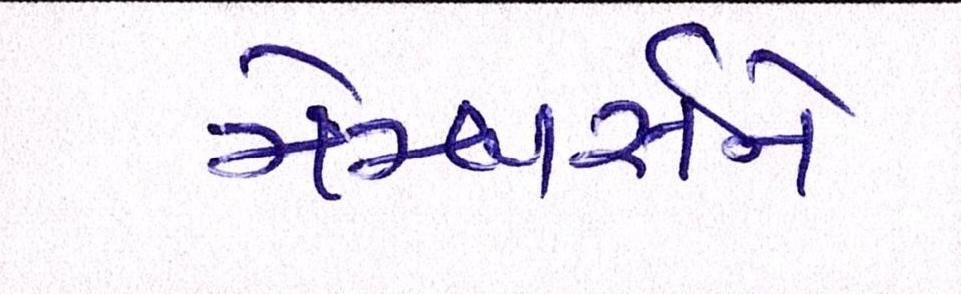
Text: મેમ્બર્સને